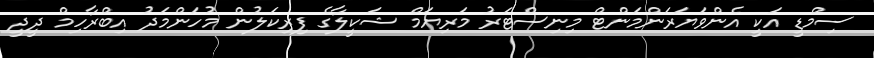
ސިމްޑީ އަކީ އެންވަޔަރަންމަންޓް މިނިސްޓަރު މަރިޔަމް ޝަކީލާގެ ފިރިކަލުން މުހަންމަދު އިބްރާހިމް ދީދީ